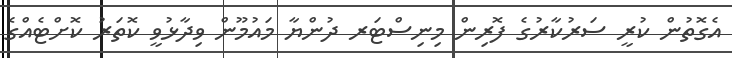
އެގޮތުން ކުރީ ސަރުކާރުގެ ފޮރިން މިނިސްޓަރ ދުންޔާ މައުމޫން ވިދާޅުވީ ކޮތަރު ކޮށްޓެއްގެ